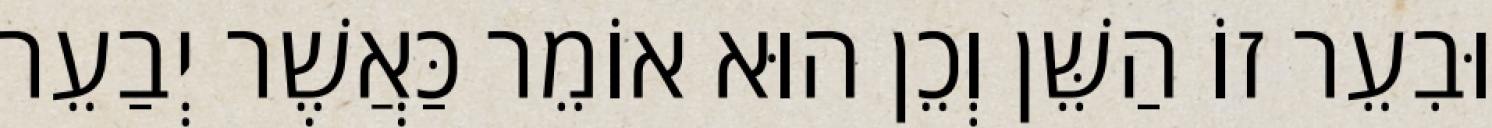
וּבִעֵר זוֹ הַשֵּׁן וְכֵן הוּא אוֹמֵר כַּאֲשֶׁר יְבַעֵר